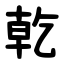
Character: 乾